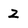
Character: 2